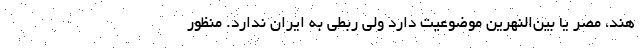
هند، مصر یا بین‌النهرین موضوعیت دارد ولی ربطی به ایران ندارد. منظور